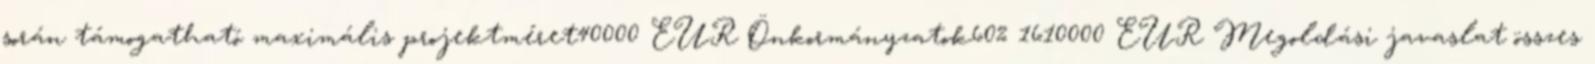
során támogatható maximális projektméret40000 EUR▪Önkormányzatok60% 1610000 EUR▪Megoldási javaslat összes